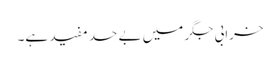
خرابی جگر میں بے حد مفید ہے۔